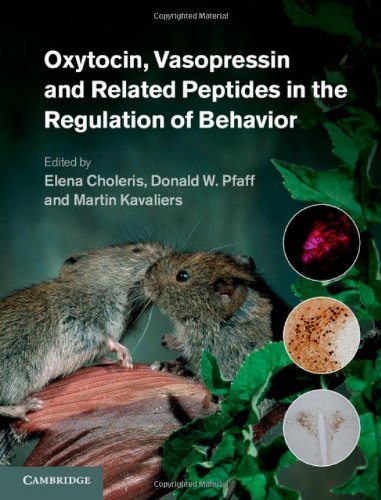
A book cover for Oxytocin, Vasopressin and Related Peptides in the Regulation of Behavior; Medical Books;